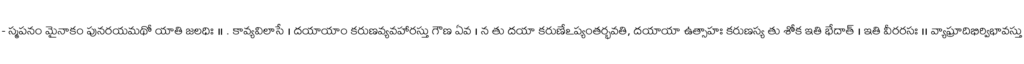
- స్మపనం మైనాకం పునరయమథో యాతి జలధిః ॥ . కావ్యవిలాసే । దయాయాం కరుణవ్యవహారస్తు గౌణ ఏవ । న తు దయా కరుణేఽప్యంతర్భవతి, దయాయా ఉత్సాహః కరుణస్య తు శోక ఇతి భేదాత్ । ఇతి వీరరసః ।। వ్యాఘ్రాదిభిర్విభావస్తు